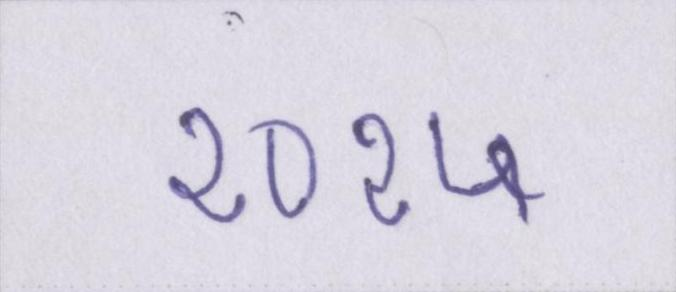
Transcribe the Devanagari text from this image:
२०१५